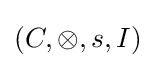
(C,\otimes ,s,I)